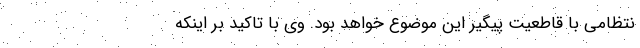
نتظامی با قاطعیت پیگیر این موضوع خواهد بود. وی با تاکید بر اینکه